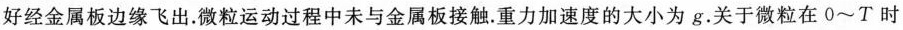
好经金属板边缘飞出.微粒运动过程中未与金属板接触.重力加速度的大小为g.关于微粒在0~T时